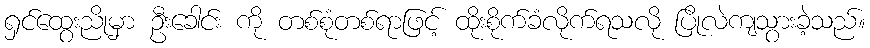
ရှင်ထွေးညိုမှာ ဦးခေါင်း ကို တစ်စုံတစ်ရာဖြင့် ထိုးစိုက်ခံလိုက်ရသလို ပြိုလဲကျသွားခဲ့သည်။